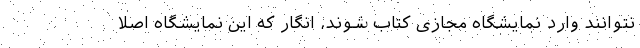
نتوانند وارد نمایشگاه مجازی کتاب شوند، انگار که این نمایشگاه اصلا